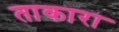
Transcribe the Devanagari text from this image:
ताकारा